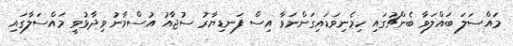
މައްސަލަ ބައްލަވާ ބެންޗުގައި ހިމެނިވަޑައިގަންނަވާ އިސް ފަނޑިޔާރު ސުޖާއު އުސްމާނު ވިދާޅުވީ މައްސަލާގައި